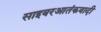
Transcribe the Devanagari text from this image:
साइबरआतंकवादी